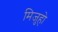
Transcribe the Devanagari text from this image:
मिजुहो